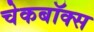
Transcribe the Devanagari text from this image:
चेकबॉक्स